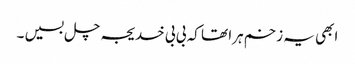
ابھی یہ زخم ہرا تھا کہ بی بی خدیجہ چل بسیں ۔